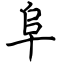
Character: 阜